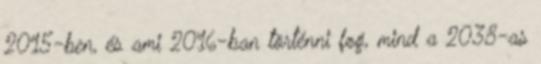
2015-ben, és ami 2016-ban történni fog, mind a 2038-as